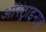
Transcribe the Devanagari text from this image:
ऑस्ट्राइनाइ